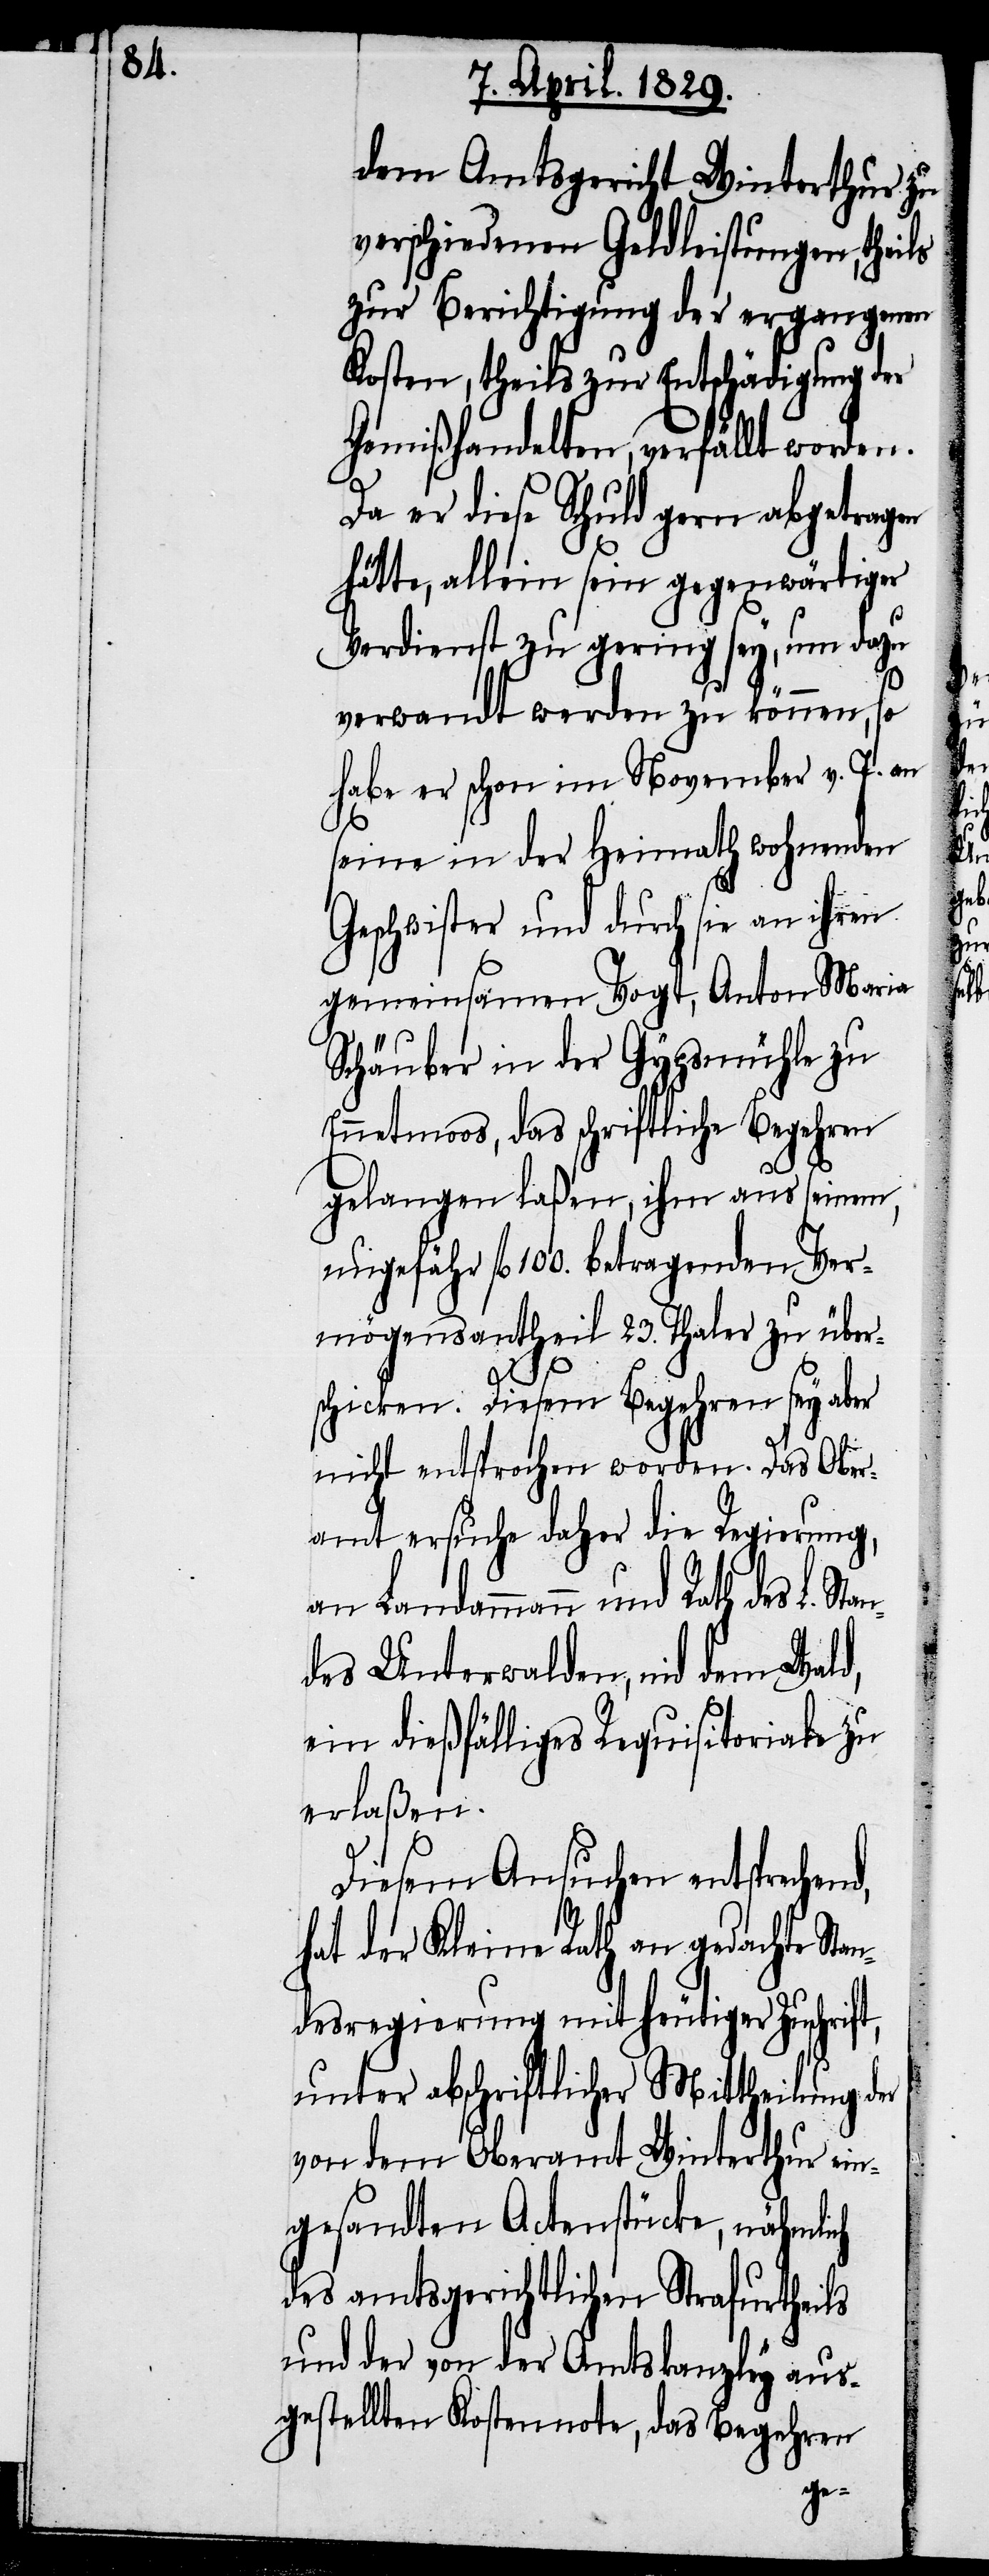
dem Amtsgericht Winterthur zu
verschiedenen Geldleistungen, theils
zur Berichtigung der ergangenen
Kosten, theils zur Entschädigung der
Gemißhandelten, verfällt worden.
Da er diese Schuld gern abgetragen
hätte, allein sein gegenwärtiger
Verdienst zu gering sey, um dazu
verwandt werden zu können, so
habe er schon im November v. J. an
seine in der Heimath wohnenden
Geschwister und durch sie an ihren
gemeinsamen Vogt, Anton Maria
Schäuber in der Gypsmühle zu
Ennetmoos, das schriftliche Begehren
d,
gelangen laßen, ihm aus seinen,
ungefähr fl 100. betragenden Ver¬
mögensantheil 23. Thaler zu über¬
schicken. Diesem Begehren sey aber
nicht entsprochen worden. Das Ober¬
amt ersuche daher die Regierung,
an Landammann und Rath des L. Stan¬
des Unterwalden, nid dem Wald,
ein dießfälliges Requisitoriale zu
erlaßen.
Diesem Ansuchen entsprechen¬
hat der Kleine Rath an gedachte Sta¬
ndesregierung mit heutiger Zuschrift,
unter abschriftlicher Mittheilung der
von dem Oberamt Winterthur ein¬
gesandten Actenstücke, nähmlich
des amtsgerichtlichen Strafurtheils
und der von der Amtskanzley aus¬
gestellten Kostennote, das Begehren